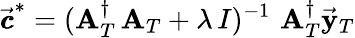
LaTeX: \vec{\pmb{c}}^{*}=({\mathbf A}_{T}^{\dagger}\, {\mathbf A}_{T}+\lambda\, I)^{-1}\, \, {\mathbf A}_{T}^{\dagger}\vec{\mathbf y}_{T}